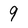
Character: 9